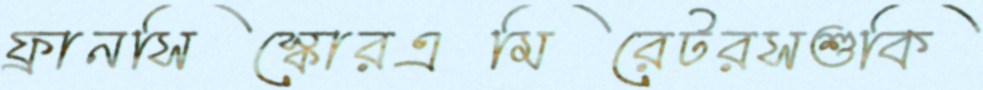
ফ্রানসিস্কোরএমিরেটরসশুকি